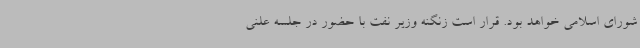
شورای اسلامی خواهد بود. قرار است زنگنه وزیر نفت با حضور در جلسه علنی